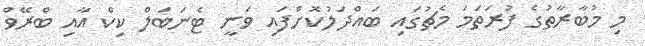
މި މުބާރާތުގެ ފުރަތަމަ މެޗުގައި ބައްދަލުކޮށްފައި ވަނީ ޓެނަބަލް ކިކް އާއި ބްރޭވް